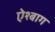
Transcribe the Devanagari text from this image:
ऐश्बाग